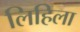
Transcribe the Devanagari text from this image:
लिहिला